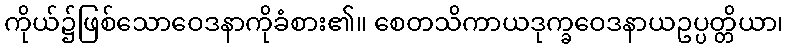
ကိုယ်၌ဖြစ်သောဝေဒနာကိုခံစား၏။ စေတသိကာယဒုက္ခဝေဒနာယဥပ္ပတ္တိယာ၊